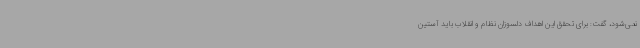
نمی‌شود، گفت: برای تحقق این اهداف دلسوزان نظام و انقلاب باید آستین